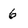
Character: 6